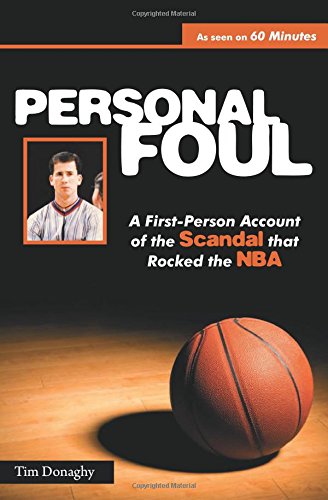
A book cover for Personal Foul: A First-Person Account of the Scandal that Rocked the NBA; Tim Donaghy; Biographies & Memoirs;